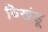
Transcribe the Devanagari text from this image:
विखंडू